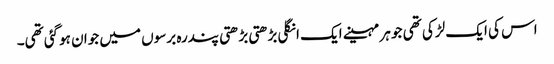
اس کی ایک لڑکی تھی جو ہر مہینے ایک انگلی بڑھتی بڑھتی پندرہ برسوں میں جوان ہوگئی تھی۔